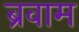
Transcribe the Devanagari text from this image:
ब्रवाम